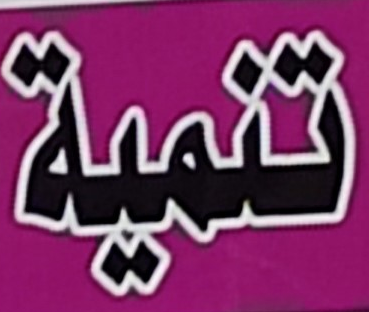
تنمية